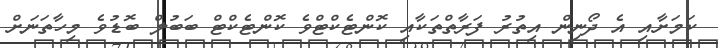
ކަމަށާއި އެ ދޯނިން އިތުރު ފަރާތްތަކާއި ކޮންޓެކްޓްވެ ކޮންޓެކްޓް ބަބުލް ބޮޑުވެ މިހާތަނަށް